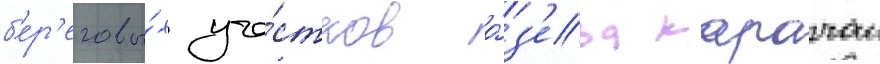
б'ер'еговы́х уча́стков о́з'ера карачаи